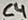
Text: C4